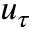
u _ { \tau }